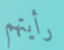
رأيتهم